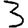
Digit: 3